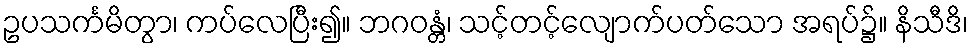
ဥပသင်္ကမိတွာ၊ ကပ်လေပြီး၍။ ဘဂဝန္တံ၊ သင့်တင့်လျောက်ပတ်သော အရပ်၌။ နိသီဒိ၊